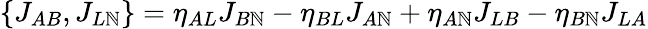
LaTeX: \{ J_{AB},J_{L\mathbb{N}}\} =\eta_{AL}J_{B\mathbb{N}}-\eta_{BL}J_{A\mathbb{N}}+\eta_{A\mathbb{N}}J_{LB}-\eta_{B\mathbb{N}}J_{LA}